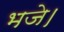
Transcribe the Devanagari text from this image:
भजे।